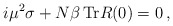
\begin{align*}i\mu^2\sigma + N\beta\, {\rm Tr}R(0) = 0\,,\end{align*}